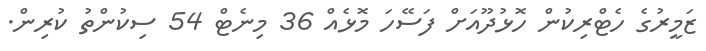
ޒަމީރުގެ ހެޓްރިކުން ހޮޅުދޫއަށް ފަސޭހަ މޮޅެއް 36 މިނެޓް 54 ސިކުންތު ކުރިން.